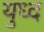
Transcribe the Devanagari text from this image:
युध्‍द